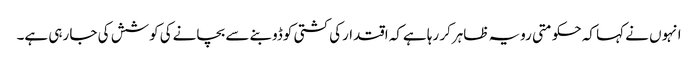
انہوں نے کہا کہ حکومتی رویہ ظاہرکر رہا ہےکہ اقتدارکی کشتی کوڈوبنے سے بچانےکی کوشش کی جا رہی ہے۔